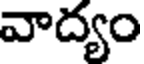
వాద్యం